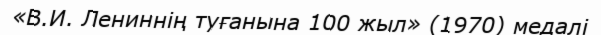
«В.И. Лениннің туғанына 100 жыл» (1970) медалі